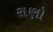
રાણો